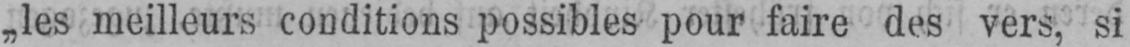
„les meilleurs conditions possibles pour faire des vers, si